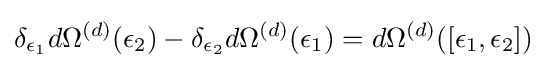
\delta _{\epsilon _{1}}d\Omega ^{(d)}(\epsilon _{2})-\delta _{\epsilon _{2}}d\Omega ^{(d)}(\epsilon _{1})=d\Omega ^{(d)}(\left[\epsilon _{1},\epsilon _{2}\right])